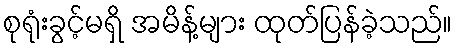
စုရုံးခွင့်မရှိ အမိန့်များ ထုတ်ပြန်ခဲ့သည်။